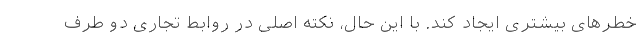
خطرهای بیشتری ایجاد کند. با این حال، نکته اصلی در روابط تجاری دو طرف